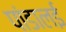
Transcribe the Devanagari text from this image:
पांडालई